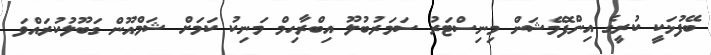
ބޭފުޅަކީ ކުރީގެ އިންފޮމޭޝަން މިނިސްޓަރު ސަމަރުބުލޫ އިބްރާހިމް މަނިކު ކަމަށް ޝަމްއޫން ގަބޫލުކުރައްވަ